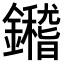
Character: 𨯀